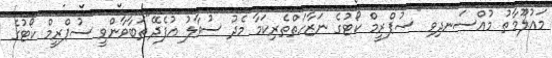
މައުލޫމާތު މުއްސަނދިވި "ސުޕްރީމް ކޯޓުގެ ނަޒާހަތްތެރިކަމާ މެދު ސުވާލު އުފެދޭ"ތަބާވާންވީ ސުޕްރީމް ކޯޓުގެ